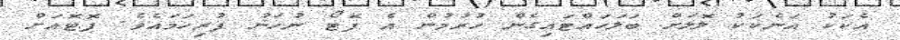
އެކަކު އަނެކަކު ލޮލަށް ބަލަހައްޓައިގެން ހުރުމުން އެ ފޮޓޯ ނުހަނު ފުރިހަމައެވެ. ފޮޓޮއަށް